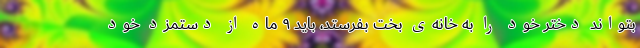
بتواند دختر خود را به خانه‌ی بخت بفرستد، باید ۹ ماه از دستمزد خود